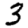
Digit: 3